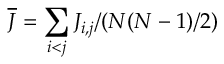
\overline { { J } } = \sum _ { i < j } J _ { i , j } / ( N ( N - 1 ) / 2 )